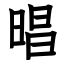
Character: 晿